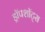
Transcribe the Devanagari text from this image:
ड्रॉपशॉट्स